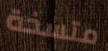
متسخة